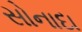
સોનાદા